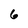
Character: 6